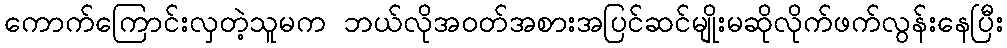
ကောက်ကြောင်းလှတဲ့သူမက ဘယ်လိုအဝတ်အစားအပြင်ဆင်မျိုးမဆိုလိုက်ဖက်လွန်းနေပြီး